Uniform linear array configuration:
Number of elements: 24
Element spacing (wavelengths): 0.5
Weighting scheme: kaiser
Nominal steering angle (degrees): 30
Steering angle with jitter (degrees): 31.991
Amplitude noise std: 0.05
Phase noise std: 0.05

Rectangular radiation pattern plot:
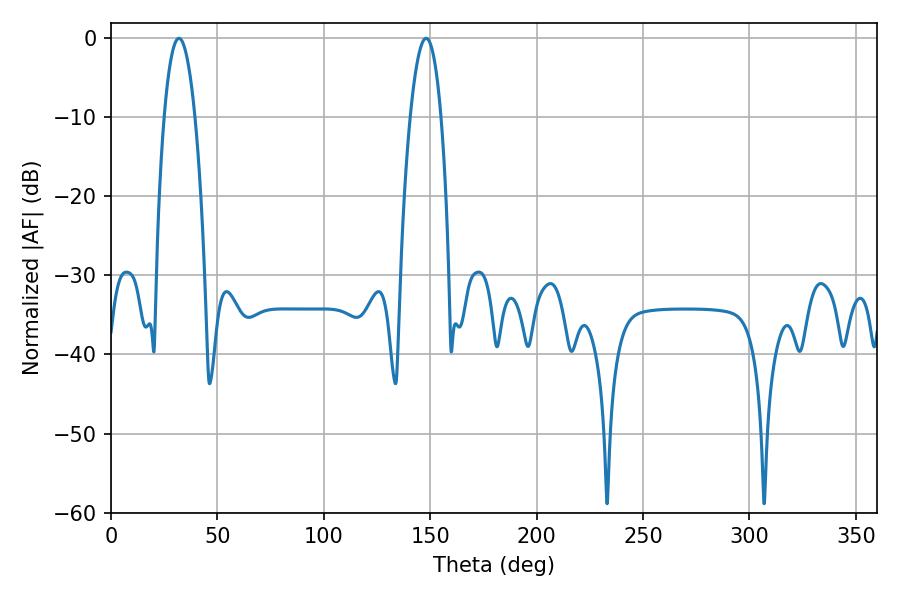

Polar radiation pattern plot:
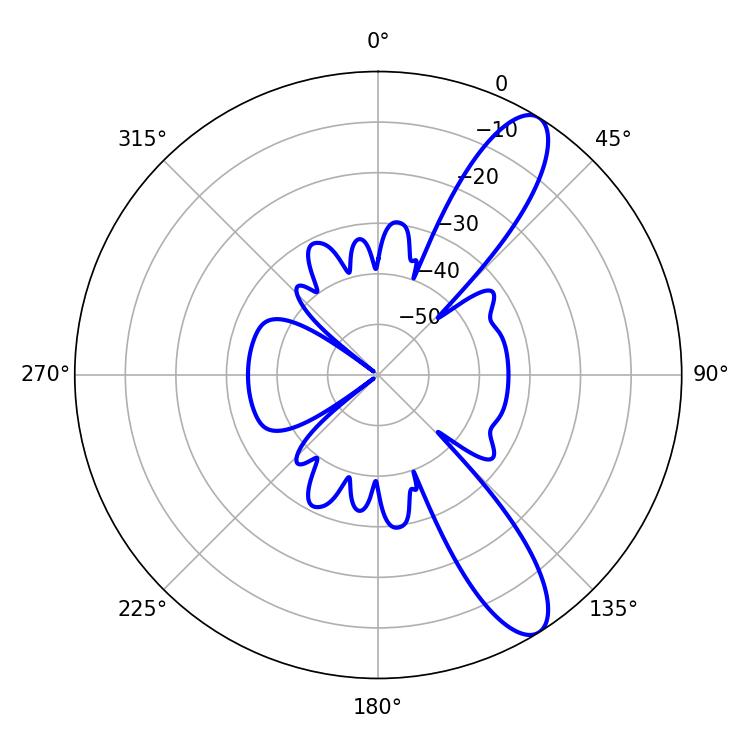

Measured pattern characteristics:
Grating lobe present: FALSE
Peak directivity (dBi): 10.996
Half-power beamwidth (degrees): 7.92
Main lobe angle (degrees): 31.86